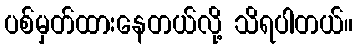
ပစ်မှတ်ထားနေတယ်လို့ သိရပါတယ်။